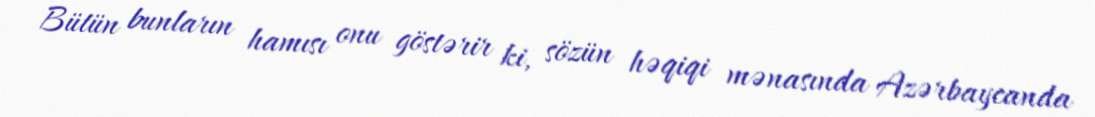
Bütün bunların hamısı onu göstərir ki, sözün həqiqi mənasında Azərbaycanda